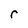
Character: r